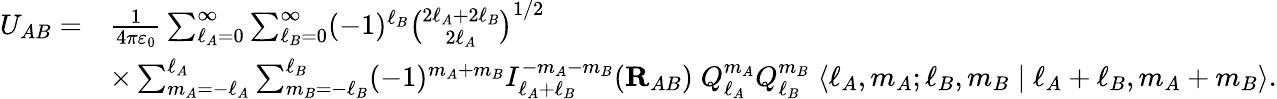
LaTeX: {\begin{array}{rl}{U_{AB}=}&{{\frac{1}{4\pi\varepsilon_{0}}}\sum_{\ell_{A}=0}^{\infty}\sum_{\ell_{B}=0}^{\infty}(-1)^{\ell_{B}}{\binom{2\ell_{A}+2\ell_{B}}{2\ell_{A}}}^{1/2}}\\ &{\times\sum_{m_{A}=-\ell_{A}}^{\ell_{A}}\sum_{m_{B}=-\ell_{B}}^{\ell_{B}}(-1)^{m_{A}+m_{B}}I_{\ell_{A}+\ell_{B}}^{-m_{A}-m_{B}}(\mathbf{R}_{AB})\; Q_{\ell_{A}}^{m_{A}}Q_{\ell_{B}}^{m_{B}}\; \langle\ell_{A},m_{A};\ell_{B},m_{B}\mid\ell_{A}+\ell_{B},m_{A}+m_{B}\rangle.}\end{array}}